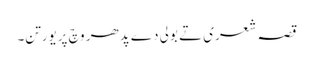
قصہ شعری تے بولی دے پدھر وچ پریورتن۔